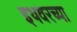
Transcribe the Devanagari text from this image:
इथवरच्या